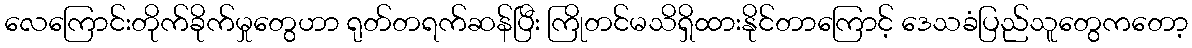
လေကြောင်းတိုက်ခိုက်မှုတွေဟာ ရုတ်တရက်ဆန်ပြီး ကြိုတင်မသိရှိထားနိုင်တာကြောင့် ဒေသခံပြည်သူတွေကတော့